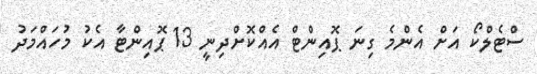
ސްޓެލްކޯ އަށް އެންމެ ގިނަ ޕޮއިންޓް އެއްކޮށްދިނީ 13 ޕޮއިންޓާ އެކު މުހައްމަދު